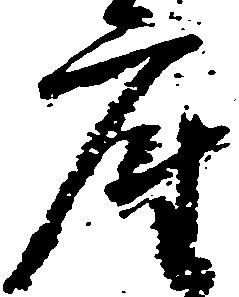
座